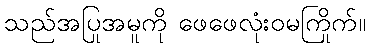
သည်အပြုအမူကို ဖေဖေလုံးဝမကြိုက်။